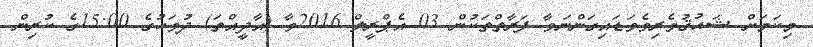
މިކަމަށް ޝައުޤުވެރިވެވަޑައިގަންނަވާ ފަރާތްތަކުން 03 އެޕްރީލް 2016ވާ (އާދީއްތަ) ދުވަހުގެ 15:00ގެ ކުރިން